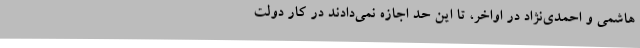
هاشمی و احمدی‌نژاد در اواخر، تا این حد اجازه نمی‌دادند در کار دولت